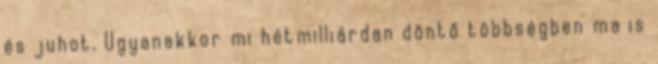
és juhot. Ugyanakkor mi hétmilliárdan döntő többségben ma is